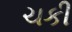
ચકી